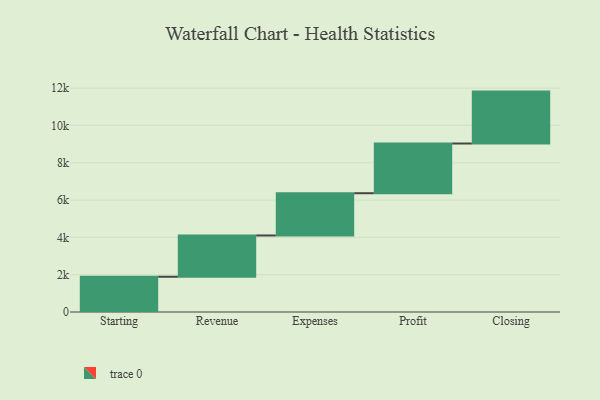
{"axis": {"x": "Step", "y": "Value"}, "legend": [""], "data": [{"x": "Starting", "y": 1889.0, "type": ""}, {"x": "Revenue", "y": 2212.0, "type": ""}, {"x": "Expenses", "y": 2265.0, "type": ""}, {"x": "Profit", "y": 2664.0, "type": ""}, {"x": "Closing", "y": 2782.0, "type": ""}]}